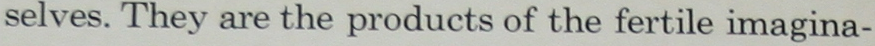
selves. They are the products of the fertile imagina-